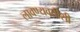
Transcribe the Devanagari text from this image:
लावण्यवतींशी